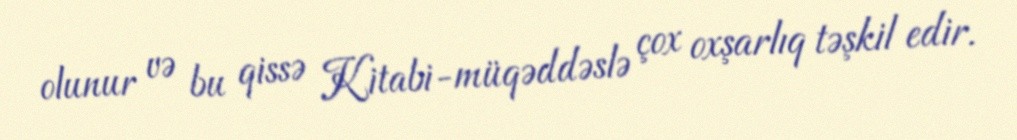
olunur və bu qissə Kitabi-müqəddəslə çox oxşarlıq təşkil edir.